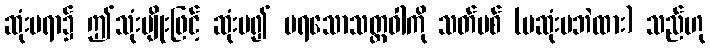
ဆုံးမရာ၌ ဤသုံးမျိုးဖြင့် ဆုံးမ၍ မရသောသတ္တဝါကို သတ်ပစ် (မဆုံးမဘဲထား) သည်ဟု